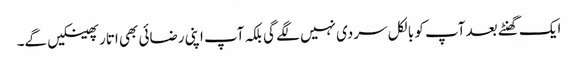
ایک گھنٹے بعد آپ کو بالکل سردی نہیں لگے گی بلکہ آپ اپنی رضائی بھی اتار پھینکیں گے۔